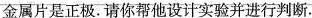
金属片是正极。请你帮他设计实验并进行判断。